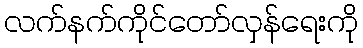
လက်နက်ကိုင်တော်လှန်ရေးကို